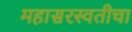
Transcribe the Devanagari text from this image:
महासरस्वतीचा